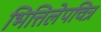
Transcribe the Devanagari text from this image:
भित्तिलेपचित्र